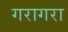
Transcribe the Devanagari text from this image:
गरागरा